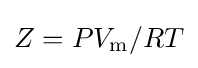
Z=PV_{\text{m}}/RT